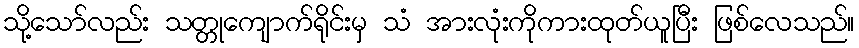
သို့သော်လည်း သတ္တုကျောက်ရိုင်းမှ သံ အားလုံးကိုကားထုတ်ယူပြီး ဖြစ်လေသည်။